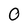
Character: O